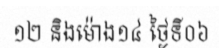
១២ និងម៉ោង១៤ ថ្ងៃទី០៦